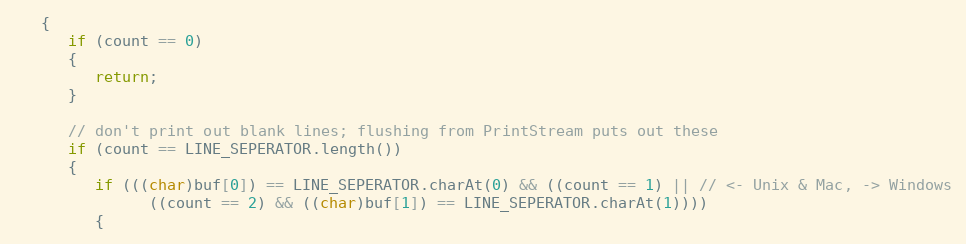
Language: Java
   {
      if (count == 0)
      {
         return;
      }

      // don't print out blank lines; flushing from PrintStream puts out these
      if (count == LINE_SEPERATOR.length())
      {
         if (((char)buf[0]) == LINE_SEPERATOR.charAt(0) && ((count == 1) || // <- Unix & Mac, -> Windows
               ((count == 2) && ((char)buf[1]) == LINE_SEPERATOR.charAt(1))))
         {